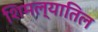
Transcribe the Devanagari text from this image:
शिमल्यातिल